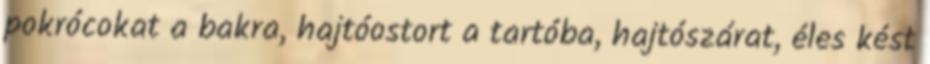
pokrócokat a bakra, hajtóostort a tartóba, hajtószárat, éles kést